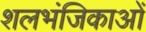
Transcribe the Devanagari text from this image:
शलभंजिकाओं